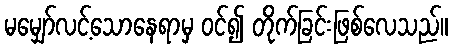
မမျှော်လင့်သောနေရာမှ ဝင်၍ တိုက်ခြင်းဖြစ်လေသည်။